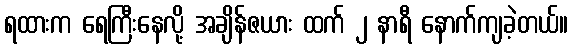
ရထားက ရေကြီးနေလို့ အချိန်ဇယား ထက် ၂ နာရီ နောက်ကျခဲ့တယ်။